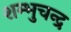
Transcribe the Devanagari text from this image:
शम्भुचन्द्र